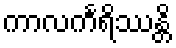
ကာလင်္ကရိဿန္တိ